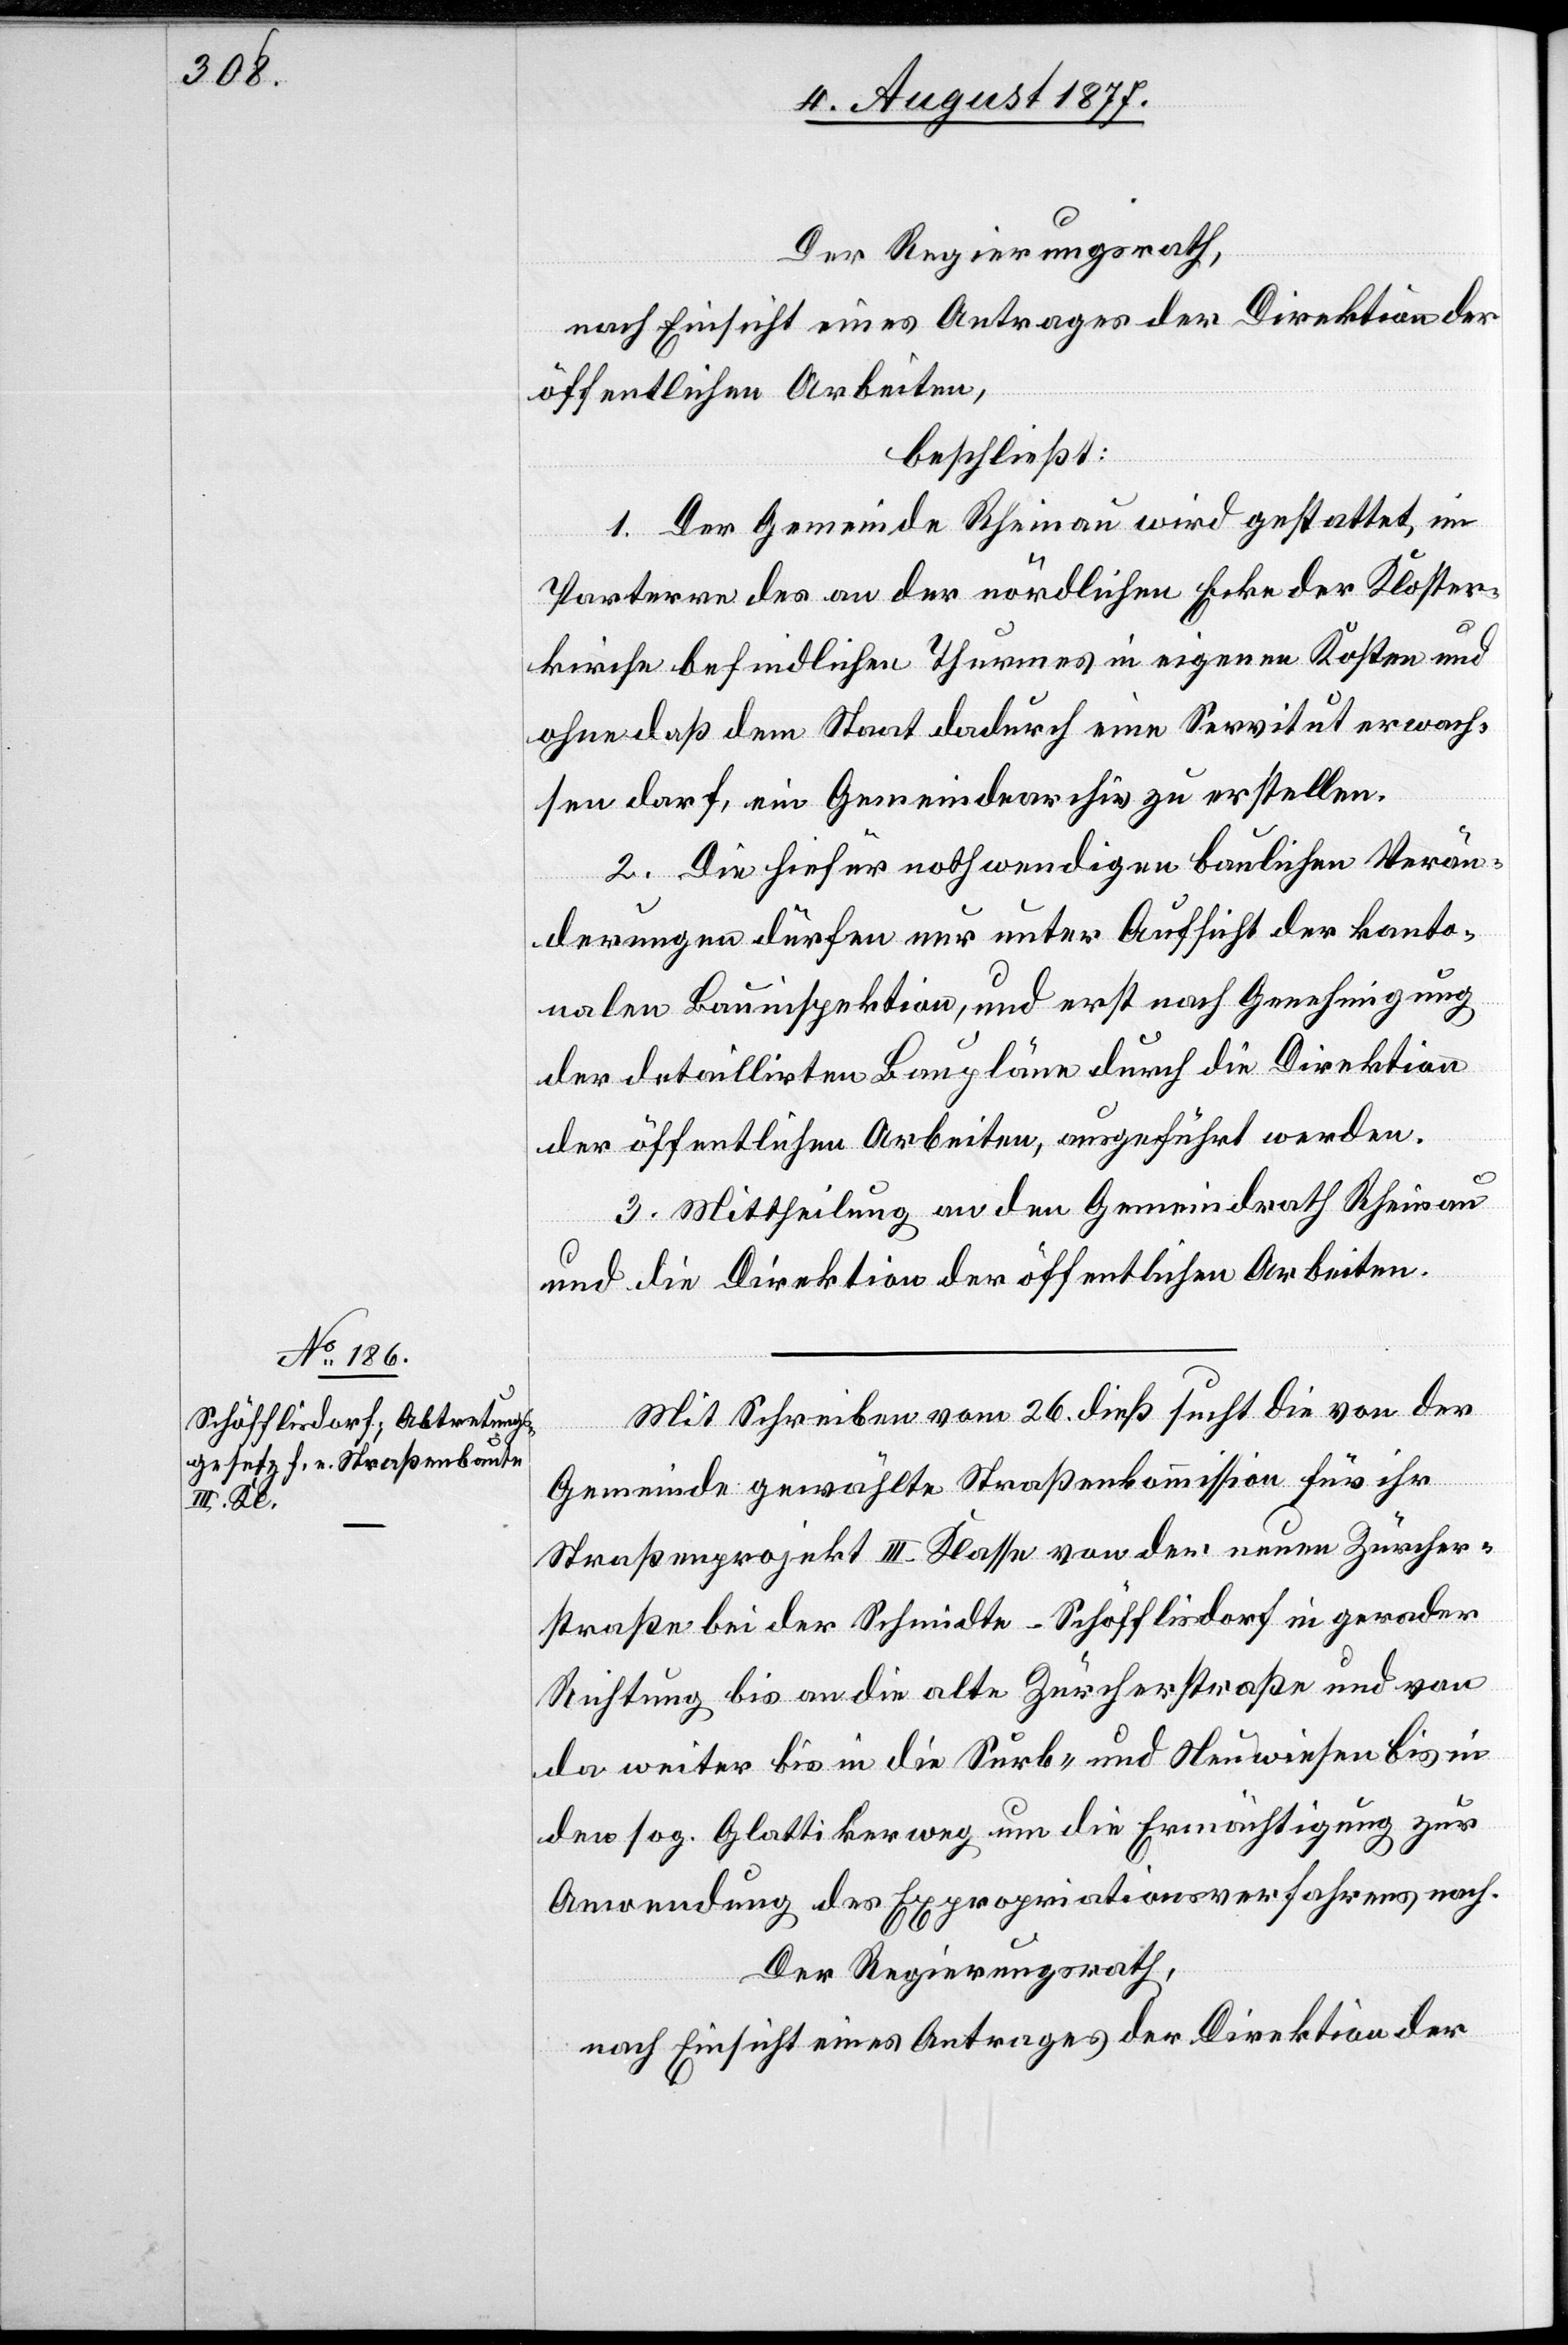
Der Regierungsrath,
nach Einsicht eines Antrages der Direktion der
öffentlichen Arbeiten,
beschließt:
1. Der Gemeinde Rheinau wird gestattet, im
Parterre des an der nördlichen Ecke der Kloster¬
kirche befindlichen Thurmes in eigenen Kosten und
ohne daß dem Staat dadurch eine Servitut erwach¬
sen darf, ein Gemeindearchiv zu erstellen.
2. Die hiefür nothwendigen baulichen Verän¬
derungen dürfen nur unter Aufsicht der kanto¬
nalen Bauinspektion, und erst nach Genehmigung
der detaillirten Baupläne durch die Direktion
der öffentlichen Arbeiten, ausgeführt werden.
3. Mittheilung an den Gemeindrath Rheinau
und die Direktion der öffentlichen Arbeiten.
Mit Schreiben vom 26. dieß sucht die von der
Gemeinde gewählte Straßenkommission für ihr
Straßenprojekt III. Klasse von der neuen Zürcher¬
straße bei der Schmidte - Schöfflisdorf in gerader
Richtung bis an die alte Zürcherstraße und von
da weiter bis in die Surb- und Neuwiesen bis in
den sog. Glattikerweg um die Ermächtigung zur
Anwendung des Expropriationsverfahrens nach.
Der Regierungsrath,
nach Einsicht eines Antrages der Direktion der